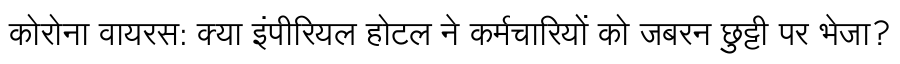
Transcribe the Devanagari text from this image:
कोरोना वायरस: क्या इंपीरियल होटल ने कर्मचारियों को जबरन छुट्टी पर भेजा?